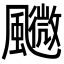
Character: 𩙉